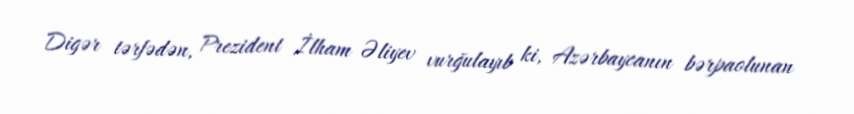
Digər tərfədən, Prezident İlham Əliyev vurğulayıb ki, Azərbaycanın bərpaolunan